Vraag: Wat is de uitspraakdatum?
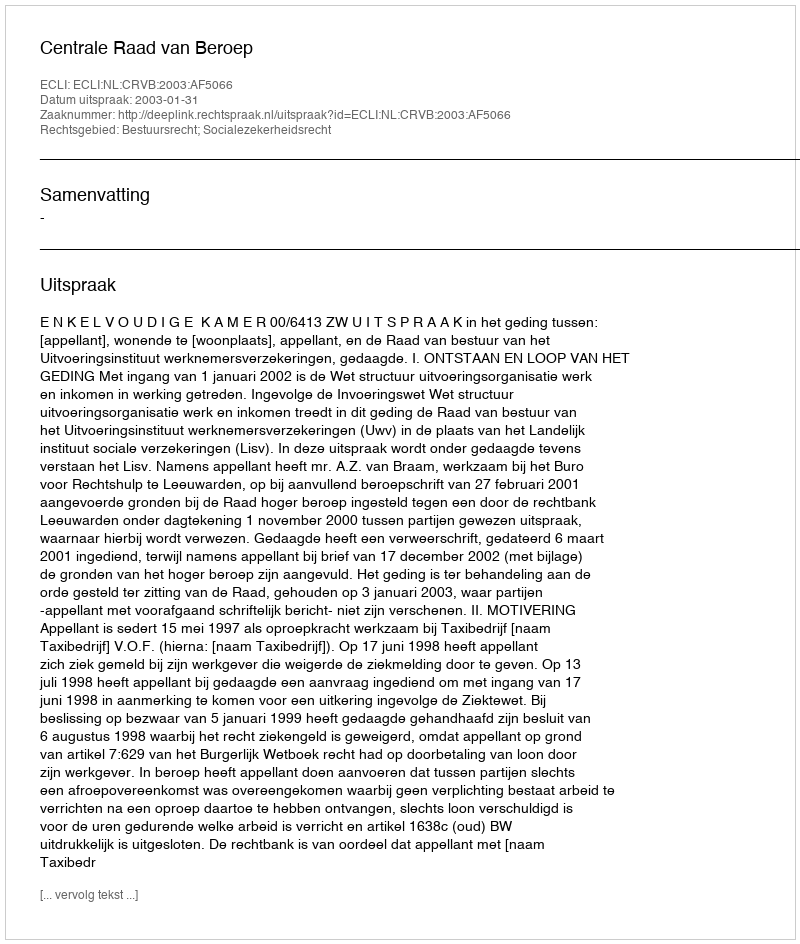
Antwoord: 2003-01-31